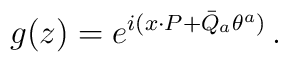
g(z)=\displaystyle{e^{i(x{\cdot P}+\bar{Q}_{a}\theta^{a})}}\,.